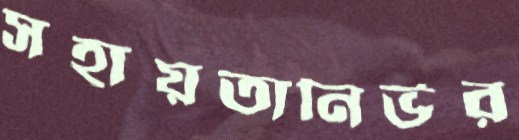
সহায়তানির্ভর